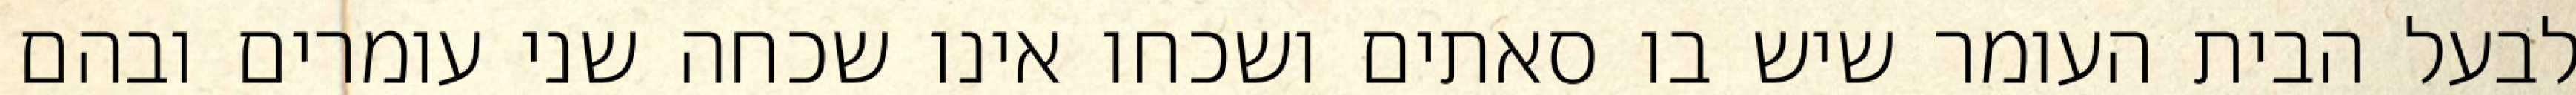
לבעל הבית העומר שיש בו סאתים ושכחו אינו שכחה שני עומרים ובהם